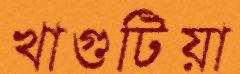
খাগুটিয়া